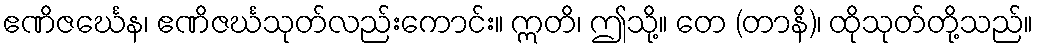
ဧဏိဇင်္ဃေန၊ ဧဏိဇင်္ဃသုတ်လည်းကောင်း။ ဣတိ၊ ဤသို့။ တေ (တာနိ)၊ ထိုသုတ်တို့သည်။